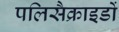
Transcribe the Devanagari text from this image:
पलिसैक्राइडों